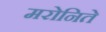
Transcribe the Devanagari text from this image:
मरोनिते